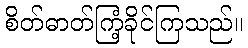
စိတ်ဓာတ်ကြံ့ခိုင်ကြသည်။